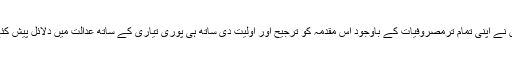
انہوں نے یہ بھی کہا کہ ڈاکٹر راجیو دھون نے اپنی تمام ترمصروفیات کے باوجود اس مقدمہ کو ترجیح اور اولیت دی ساتھ ہی پوری تیاری کے ساتھ عدالت میں دلائل پیش کئے اور انصاف پسندی کا عملی مظاہرہ کیا۔